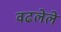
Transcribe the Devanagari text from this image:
वढलेले